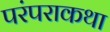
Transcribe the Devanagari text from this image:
परंपराकथा